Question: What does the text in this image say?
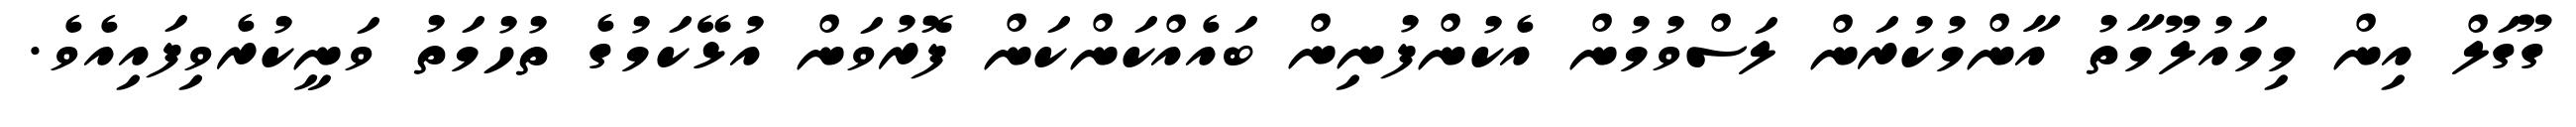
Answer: ގޫގަލް އިން މިމައުލޫމާތު އާންމުކުރަން ލަސްވުމުން އެކުންފުނިން ބައެއްކަންކަން ފޮރުވަން އުޅޭކަމުގެ ތުހުމަތު ވަނީކުރެވިފައިއެވެ.